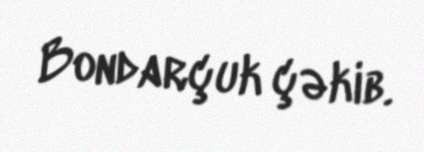
Bondarçuk çəkib.